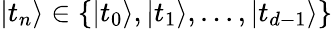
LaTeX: {|t_{n}\rangle\in\{ |t_{0}\rangle,|t_{1}\rangle,...,|t_{d-1}\rangle\} }